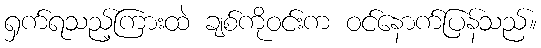
ရှက်ရသည့်ကြားထဲ ချစ်ကိုဝင်းက ဝင်နောက်ပြန်သည်။